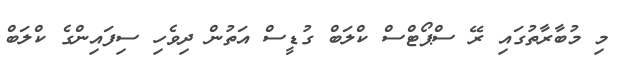
މި މުބާރާތުގައި ރޭ ސްޕޯޓްސް ކްލަބް ގުޑީސް އަތުން ދިވެހި ސިފައިންގެ ކްލަބް